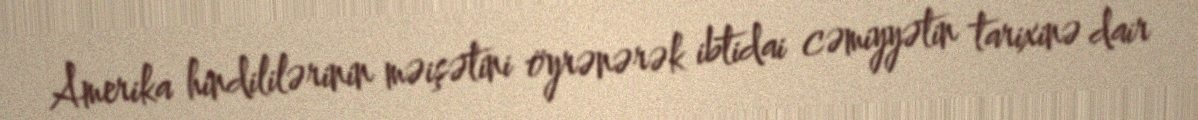
Amerika hindililərinin məişətini öyrənərək ibtidai cəmiyyətin tarixinə dair